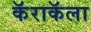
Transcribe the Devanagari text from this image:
कॅराकॅला